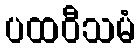
ပထဝီသမံ